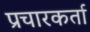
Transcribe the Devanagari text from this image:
प्रचारकर्ता